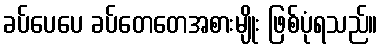
ခပ်ပေပေ ခပ်တေတေအစားမျိုး ဖြစ်ပုံရသည်။